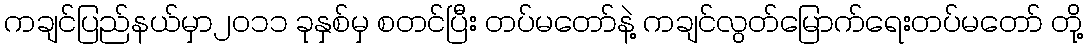
ကချင်ပြည်နယ်မှာ၂၀၁၁ ခုနှစ်မှ စတင်ပြီး တပ်မတော်နဲ့ ကချင်လွတ်မြောက်ရေးတပ်မတော် တို့